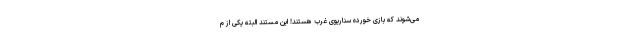
می‌شوند که بازی خورده سناریوی غرب هستند! این مستند البته یکی از م